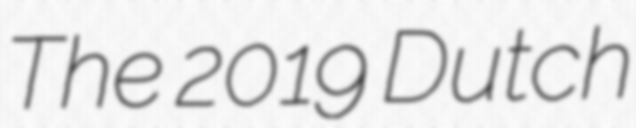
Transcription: The 2019 Dutch